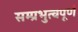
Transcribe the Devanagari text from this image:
सम्प्रभुत्वपूर्ण